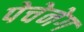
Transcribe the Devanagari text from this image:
पेचेनेग